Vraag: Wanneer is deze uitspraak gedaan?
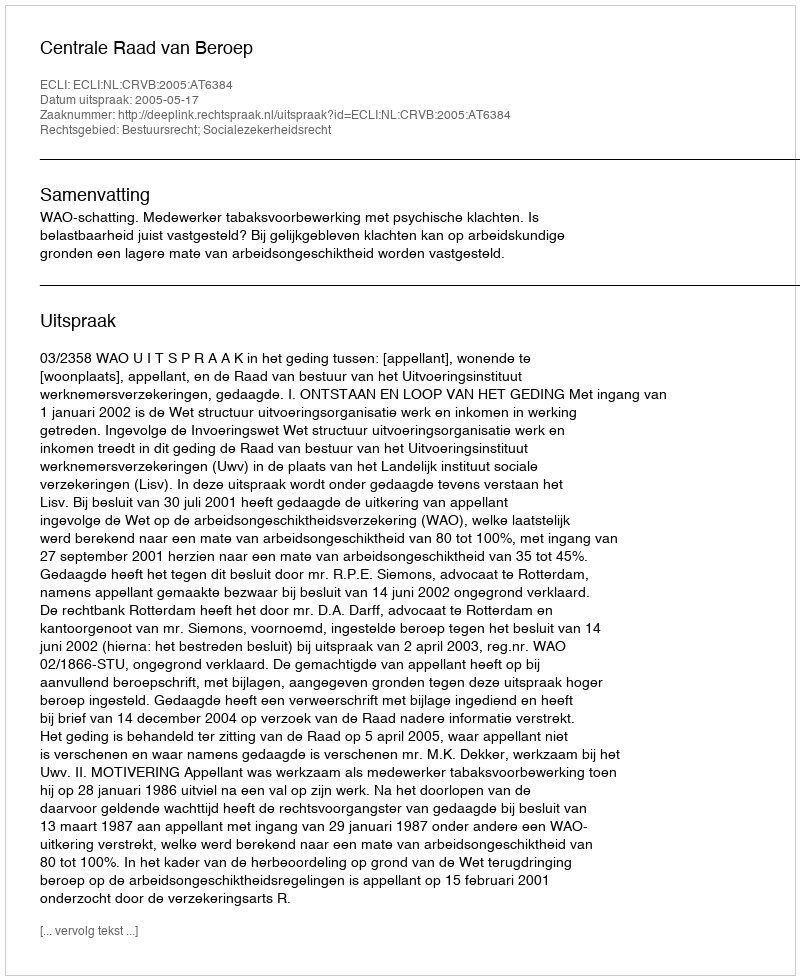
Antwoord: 2005-05-17